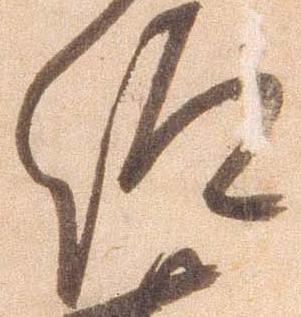
仰